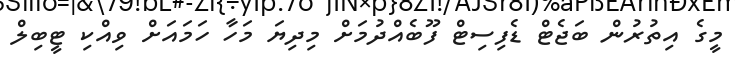
މީގެ އިތުރުން ބަޖެޓް ޑެފިސިޓް ފޫބެއްދުމަށް މިދިޔަ މަހާ ހަމައަށް ވިއްކި ޓީބިލް